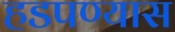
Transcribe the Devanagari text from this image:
हडपण्यास